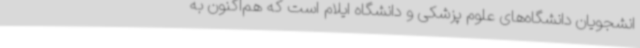
انشجویان دانشگاه‌های علوم پزشکی و دانشگاه ایلام است که هم‌اکنون به